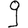
Digit: 9